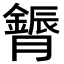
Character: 𮍈